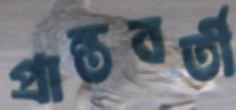
প্রান্তবর্তী